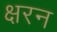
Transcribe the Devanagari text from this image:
क्षरन